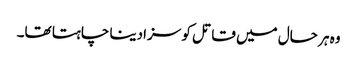
وہ ہر حال میں قاتل کو سزادینا چاہتا تھا۔